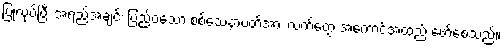
ပြုလုပ်ပြီး အရည်အချင်း ပြည့်ဝသော စစ်သေနာပတိအား လက်တွေ့ အကောင်အထည် ဖော်စေသည်။